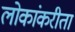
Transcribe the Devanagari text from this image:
लोकांकरीता